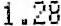
1.28